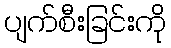
ပျက်စီးခြင်းကို